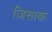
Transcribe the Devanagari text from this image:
जिसाक